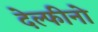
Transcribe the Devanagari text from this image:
देल्फीनो